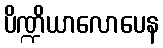
ပိဏ္ဍိယာလောပေန